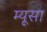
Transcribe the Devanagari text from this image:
म्यूसा